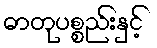
ဓာတုပစ္စည်းနှင့်